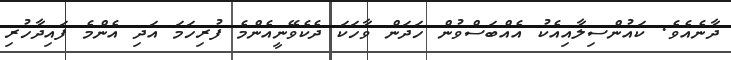
ދާނެއެވެ. ކައުންސިލާއިއެކު އެއްބަސްވުން ހަދަން ވާހަކަ ދެކެވޭނީއެންމެ ފުރިހަމަ އަދި އެންމެ ފައިދާހުރި